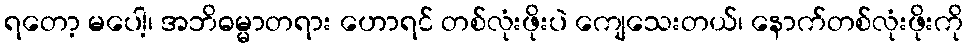
ရတော့ မပေါ့၊ အဘိဓမ္မာတရား ဟောရင် တစ်လုံးဖိုးပဲ ကျေသေးတယ်၊ နောက်တစ်လုံးဖိုးကို